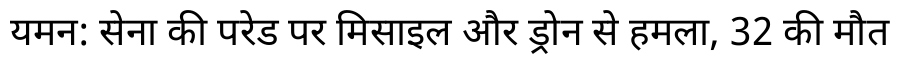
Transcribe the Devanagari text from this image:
यमन: सेना की परेड पर मिसाइल और ड्रोन से हमला, 32 की मौत